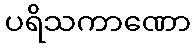
ပရိသကာဏော